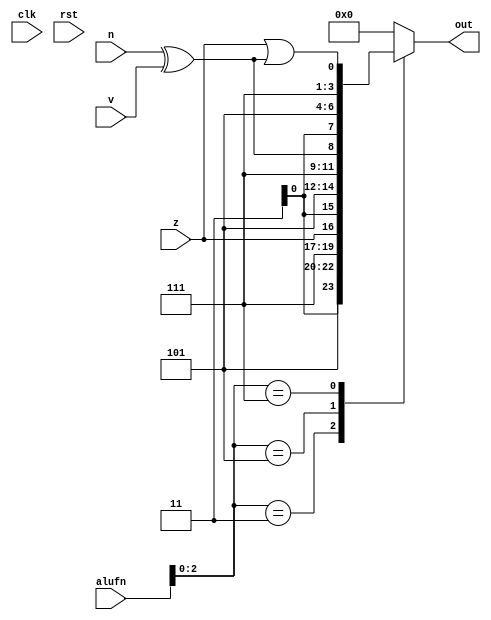
/*
   This file was generated automatically by the Mojo IDE version B1.3.6.
   Do not edit this file directly. Instead edit the original Lucid source.
   This is a temporary file and any changes made to it will be destroyed.
*/

module compare_64 (
    input clk,
    input rst,
    input [5:0] alufn,
    input z,
    input n,
    input v,
    output reg [7:0] out
  );
  
  
  
  reg [7:0] x;
  
  integer i;
  
  always @* begin
    out = 8'h00;
    
    case (alufn[0+2-:3])
      3'h3: begin
        x[0+0-:1] = z;
        for (i = 1'h1; i < 4'h8; i = i + 1) begin
          x[(i)*1+0-:1] = 1'h0;
        end
        out = x;
      end
      3'h5: begin
        x[0+0-:1] = n ^ v;
        for (i = 1'h1; i < 4'h8; i = i + 1) begin
          x[(i)*1+0-:1] = 1'h0;
        end
        out = x;
      end
      3'h7: begin
        x[0+0-:1] = z | (n ^ v);
        for (i = 1'h1; i < 4'h8; i = i + 1) begin
          x[(i)*1+0-:1] = 1'h0;
        end
        out = x;
      end
    endcase
  end
endmodule